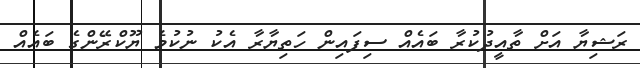
ރަޝިޔާ އަށް ތާއީދުކުރާ ބައެއް ސިފައިން ހަތިޔާރާ އެކު ނުކުމެ ޔޫކްރޭންގެ ބައެއް